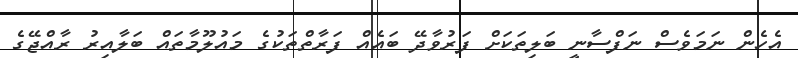
އެހެން ނަމަވެސް ނަފްސާނީ ބަލިތަކަށް ފަރުވާދޭ ބައެއް ފަރާތްތަކުގެ މައުލޫމާތައް ބަލާއިރު ރާއްޖޭގެ